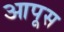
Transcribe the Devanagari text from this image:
आपूस